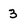
Character: 3